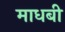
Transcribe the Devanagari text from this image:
माधबी